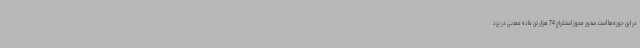
در این حوزه‌ها است. صدور مجوز استخراج 74 هزار تن ماده معدنی در یزد